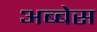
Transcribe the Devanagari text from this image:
अब्बेस